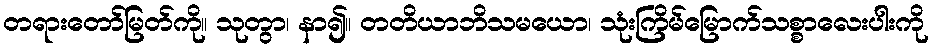
တရားတော်မြတ်ကို။ သုတွာ၊ နာ၍။ တတိယာဘိသမယော၊ သုံးကြိမ်မြောက်သစ္စာလေးပါးကို